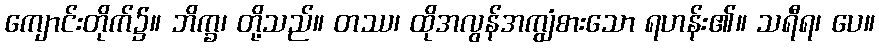
ကျောင်းတိုက်၌။ ဘိက္ခ၊ တို့သည်။ တဿ၊ ထိုအလွန်အကျွံစားသော ရဟန်း၏။ သရီရ၊ ပေ။